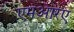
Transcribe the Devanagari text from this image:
एमआरए